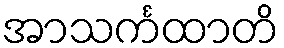
အာသင်္ကထာတိ